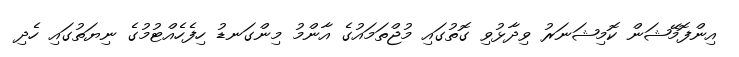
އިންފޮމޭޝަން ކޮމިޝަނަރު ވިދާޅުވި ގޮތުގައި މުޖްތަމައުގެ އާންމު މިންގަނޑު ހިފެހެއްޓުމުގެ ނިޔަތުގައި ހެދި